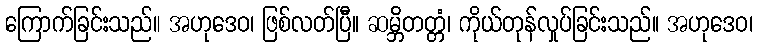
ကြောက်ခြင်းသည်။ အဟုဒေဝ၊ ဖြစ်လတ်ပြီ။ ဆမ္ဘိတတ္တံ၊ ကိုယ်တုန်လှုပ်ခြင်းသည်။ အဟုဒေဝ၊